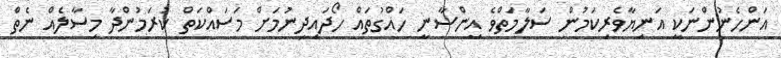
އަންހެނުންނަކީ އަނިޔާވެރިކަމުން ސަލާމަތްވެ އިންސާނީ ހައްގުތައް ހޯދައިދިނުމަށް މަަސައްކަތް ކުރަމުންދާ މިސާލެއް ނެތް